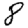
Digit: 8